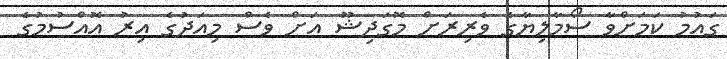
ގައުމު ކަމަށްވާ ސޯމާލިޔާގެ ވެރިރަށް މޮގަދިޝޫ އަށް ވެސް މިއަދުގެ އިރު އޮއްސުމުގެ